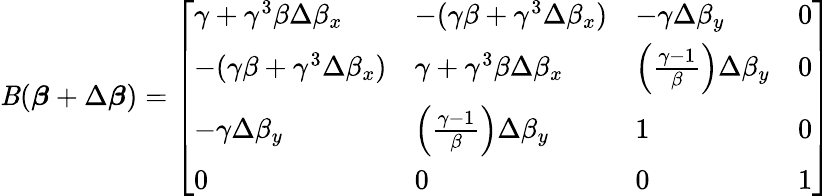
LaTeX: \mathit{B}({\boldsymbol{\beta}}+\Delta{\boldsymbol{\beta}})={\left[\begin{array}{llll}{\gamma+\gamma^{3}\beta\Delta\beta_{x}}&{-(\gamma\beta+\gamma^{3}\Delta\beta_{x})}&{-\gamma\Delta\beta_{y}}&{0}\\ {-(\gamma\beta+\gamma^{3}\Delta\beta_{x})}&{\gamma+\gamma^{3}\beta\Delta\beta_{x}}&{\left({\frac{\gamma-1}{\beta}}\right)\Delta\beta_{y}}&{0}\\ {-\gamma\Delta\beta_{y}}&{\left({\frac{\gamma-1}{\beta}}\right)\Delta\beta_{y}}&{1}&{0}\\ {0}&{0}&{0}&{1}\end{array}\right]}